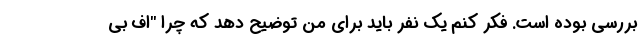
بررسی بوده است. فکر کنم یک نفر باید برای من توضیح دهد که چرا "اف بی